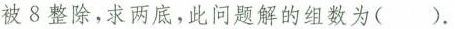
被8整除，求两底，此问题解的组数为()。